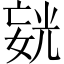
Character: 𪦍